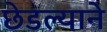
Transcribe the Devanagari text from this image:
छेडल्याने